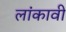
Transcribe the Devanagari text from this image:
लांकावी